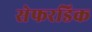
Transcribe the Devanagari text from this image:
सेफरडिक